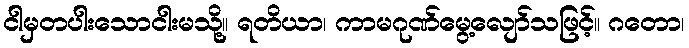
ငါမှတပါးသောငါးမသို့။ ရတိယာ၊ ကာမဂုဏ်မွေ့လျော်သဖြင့်။ ဂတော၊